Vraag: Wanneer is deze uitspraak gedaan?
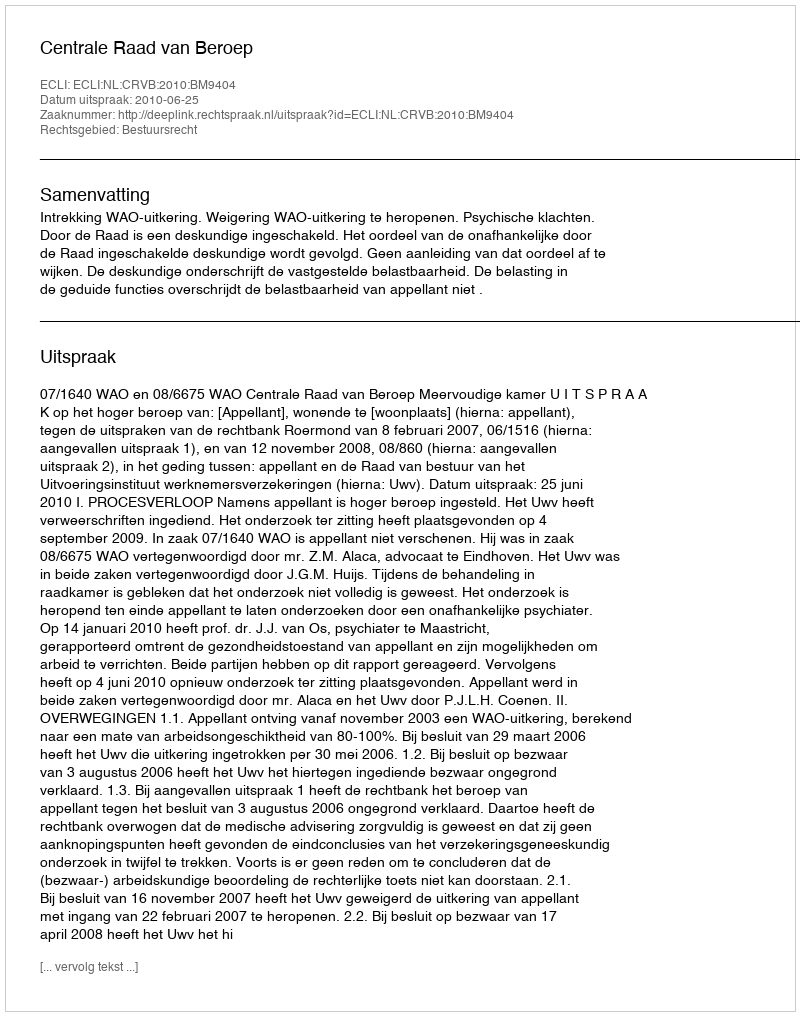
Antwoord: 2010-06-25